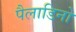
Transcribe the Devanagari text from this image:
पैलाडिनो